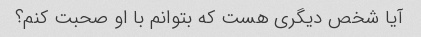
آیا شخص دیگری هست که بتوانم با او صحبت کنم؟